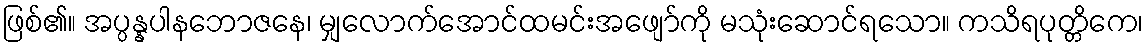
ဖြစ်၏။ အပ္ပန္နပါနဘောဇနေ၊ မျှလောက်အောင်ထမင်းအဖျော်ကို မသုံးဆောင်ရသော။ ကသိရပုတ္တိကေ၊